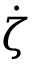
\dot { \zeta }